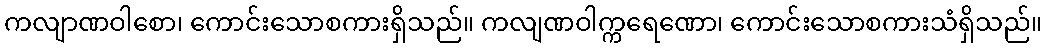
ကလျာဏဝါစော၊ ကောင်းသောစကားရှိသည်။ ကလျဏဝါက္ကရေဏော၊ ကောင်းသောစကားသံရှိသည်။